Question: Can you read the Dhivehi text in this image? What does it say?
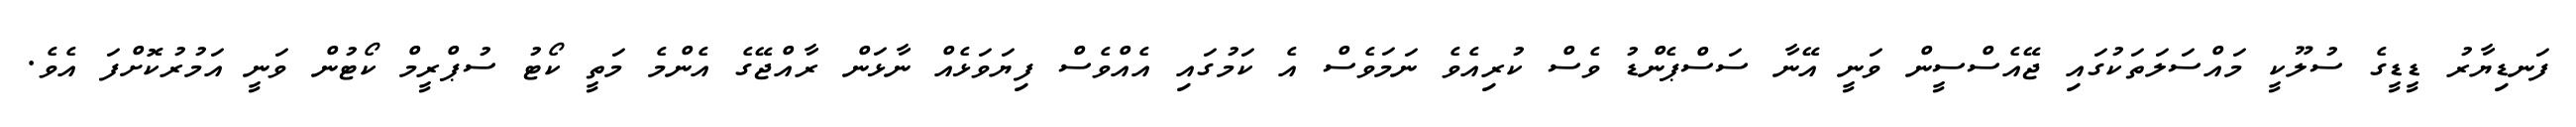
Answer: ފަނޑިޔާރު ޑީޑީގެ ސުލޫކީ މައްސަލަތަކުގައި ޖޭއެސްސީން ވަނީ އޭނާ ސަސްޕެންޑު ވެސް ކުރިއެވެ ނަމަވެސް އެ ކަމުގައި އެއްވެސް ފިޔަވަޅެއް ނާޅަން ރާއްޖޭގެ އެންމެ މަތީ ކޯޓު ސުޕްރީމް ކޯޓުން ވަނީ އަމުރުކޮށްފަ އެވެ.